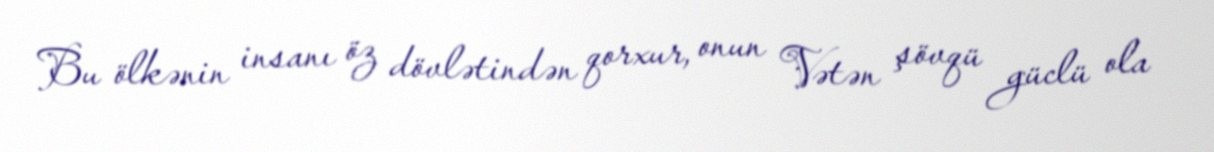
Bu ölkənin insanı öz dövlətindən qorxur, onun Vətən şövqü güclü ola